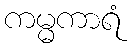
ကမ္မကာရံ